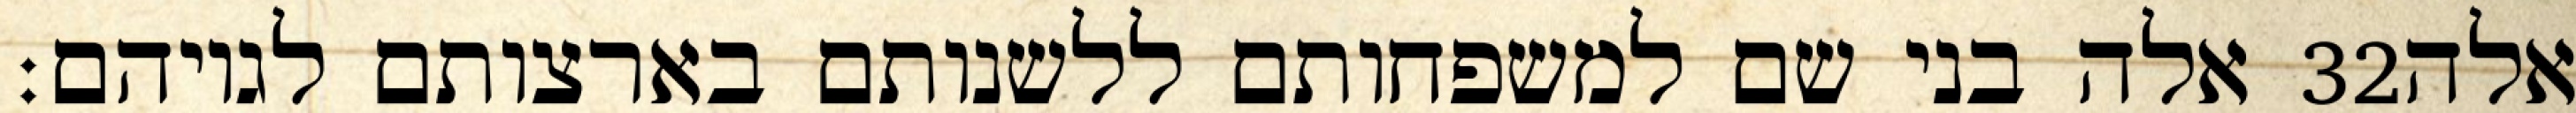
אלה בני שם למשפחותם ללשנותם בארצותם לגויהם׃ ‎32‏ אלה